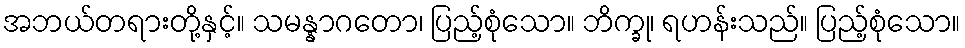
အဘယ်တရားတို့နှင့်။ သမန္နာဂတော၊ ပြည့်စုံသော။ ဘိက္ခု၊ ရဟန်းသည်။ ပြည့်စုံသော။